[Report on the health of British troops in the Madras command]
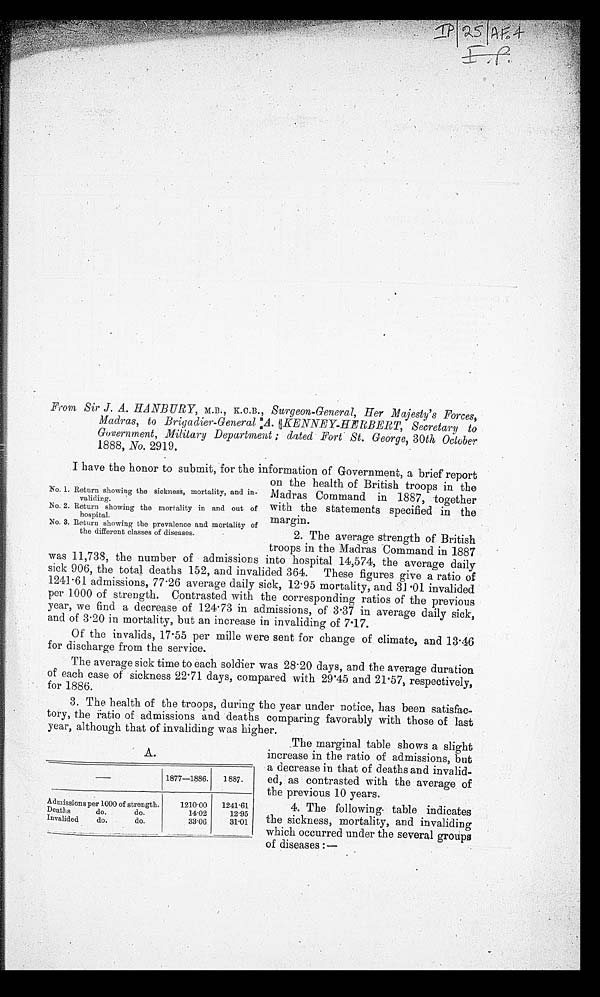
A.
1877—1886.
1887.
Admissions per 1000 of strength.
1210.00
1241.61
Deaths
do.
do.
14.02
12.95
Invalided
do.
do.
33.06
31.01
IP/25/AF.4
I. P.
From Sir J. A. HANBURY, M.B., K.C.B., Surgeon-General, Her Majesty's Forces,
Madras, to Brigadier-General:A. KENNEY-HERBERT, Secretary to
Government, Military Department; dated Fort St. George, 30th October
1888, No. 2919.
I have the honor to submit, for the information of Government, a brief report
on the health of British troops in the
Madras Command in 1887, together
with the statements specified in the
margin.
2. The average strength of British
troops in the Madras Command in 1887
was 11,738, the number of admissions into hospital 14,574, the average daily
sick 906, the total deaths 152, and invalided 364. These figures give a ratio of
1241.61 admissions, 77.26 average daily sick, 12.95 mortality, and 31.01 invalided.
per 1000 of strength. Contrasted with the corresponding ratios of the previous
year, we find a decrease of 124.73 in admissions, of 3.37 in average daily sick,
and of 3.20 in mortality, but an increase in invaliding of 7.17.
Of the invalids, 17.55 per mille were sent for change of climate, and 13.46
for discharge from the service.
The average sick time to each soldier was 28.20 days, and the average duration
of each case of sickness 22.71 days, compared with 29.45 and 21.57, respectively,
for 1886.
3. The health of the troops, during the year under notice, has been satisfac
-
tory, the ratio of admissions and deaths comparing favorably with those of last
year, although that of invaliding was higher.
The marginal table shows a slight
increase in the ratio of admissions, but
a decrease in that of deaths and invalid
- e d , a s c o n t r a s t e d w i t h t h e a v e r a g e o f
the previous 10 years.
4. The following table indicates
the sickness, mortality, and invaliding
which occurred under the several groups
of diseases:—
No. 1. Return showing the sickness, mortality, and in
-
validing.
No. 2. Return showing the mortality in and out of
hospital.
No. 3. Return showing the prevalence and mortality of
the different classes of diseases.